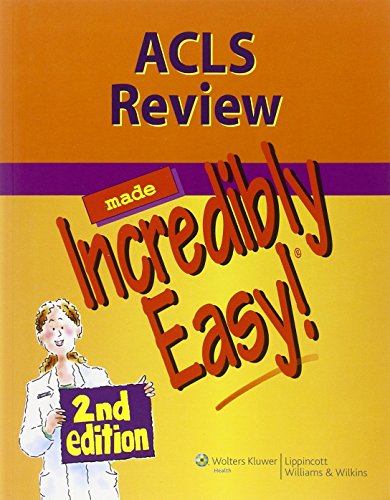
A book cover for ACLS Review Made Incredibly Easy (Incredibly Easy! SeriesÂ®); Lippincott; Medical Books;